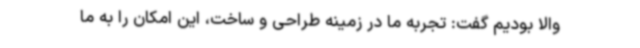
والا بودیم گفت: تجربه ما در زمینه طراحی و ساخت، این امکان را به ما